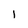
Character: I